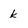
Character: k